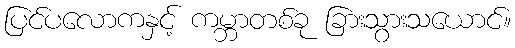
ပြင်ပလောကနှင့် ကမ္ဘာတစ်ခု ခြားသွားသယောင်။